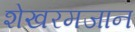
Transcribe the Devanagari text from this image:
शेखरमजान